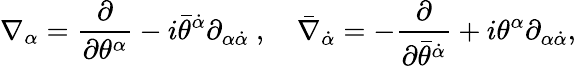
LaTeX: \nabla_{\alpha}=\frac{\partial}{\partial\theta^{\alpha}}-i\bar{\theta}^{\dot{\alpha}}\partial_{\alpha{\dot{\alpha}}}\ ,\quad\bar{\nabla}_{\dot{\alpha}}=-\frac{\partial}{\partial\bar{\theta}^{\dot{\alpha}}}+i\theta^{\alpha}\partial_{\alpha{\dot{\alpha}}},